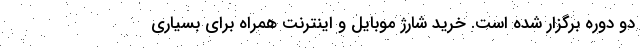
دو دوره برگزار شده است. خرید شارژ موبایل و اینترنت همراه برای بسیاری